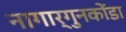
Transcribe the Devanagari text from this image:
नागार्गुनकोंडा